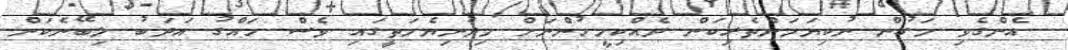
އެންގެވި މަގުން ނުކިޔަމަންތެރިކަން ދެއްކިމީހުންނަށް މިދުނިޔެމަތީގައި ވެސް ހައްގު އަދަބު ލިބޭނެކަން